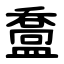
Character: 䀉